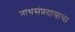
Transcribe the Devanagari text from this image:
नाथसंप्रदायाचा